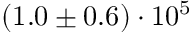
( 1 . 0 \pm 0 . 6 ) \cdot 1 0 ^ { 5 }